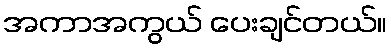
အကာအကွယ် ပေးချင်တယ်။